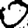
Digit: 0